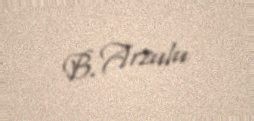
B. Arzulu